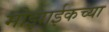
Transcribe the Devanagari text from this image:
मोझाईकच्या